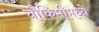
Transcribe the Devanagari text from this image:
चौकिमीमध्ये